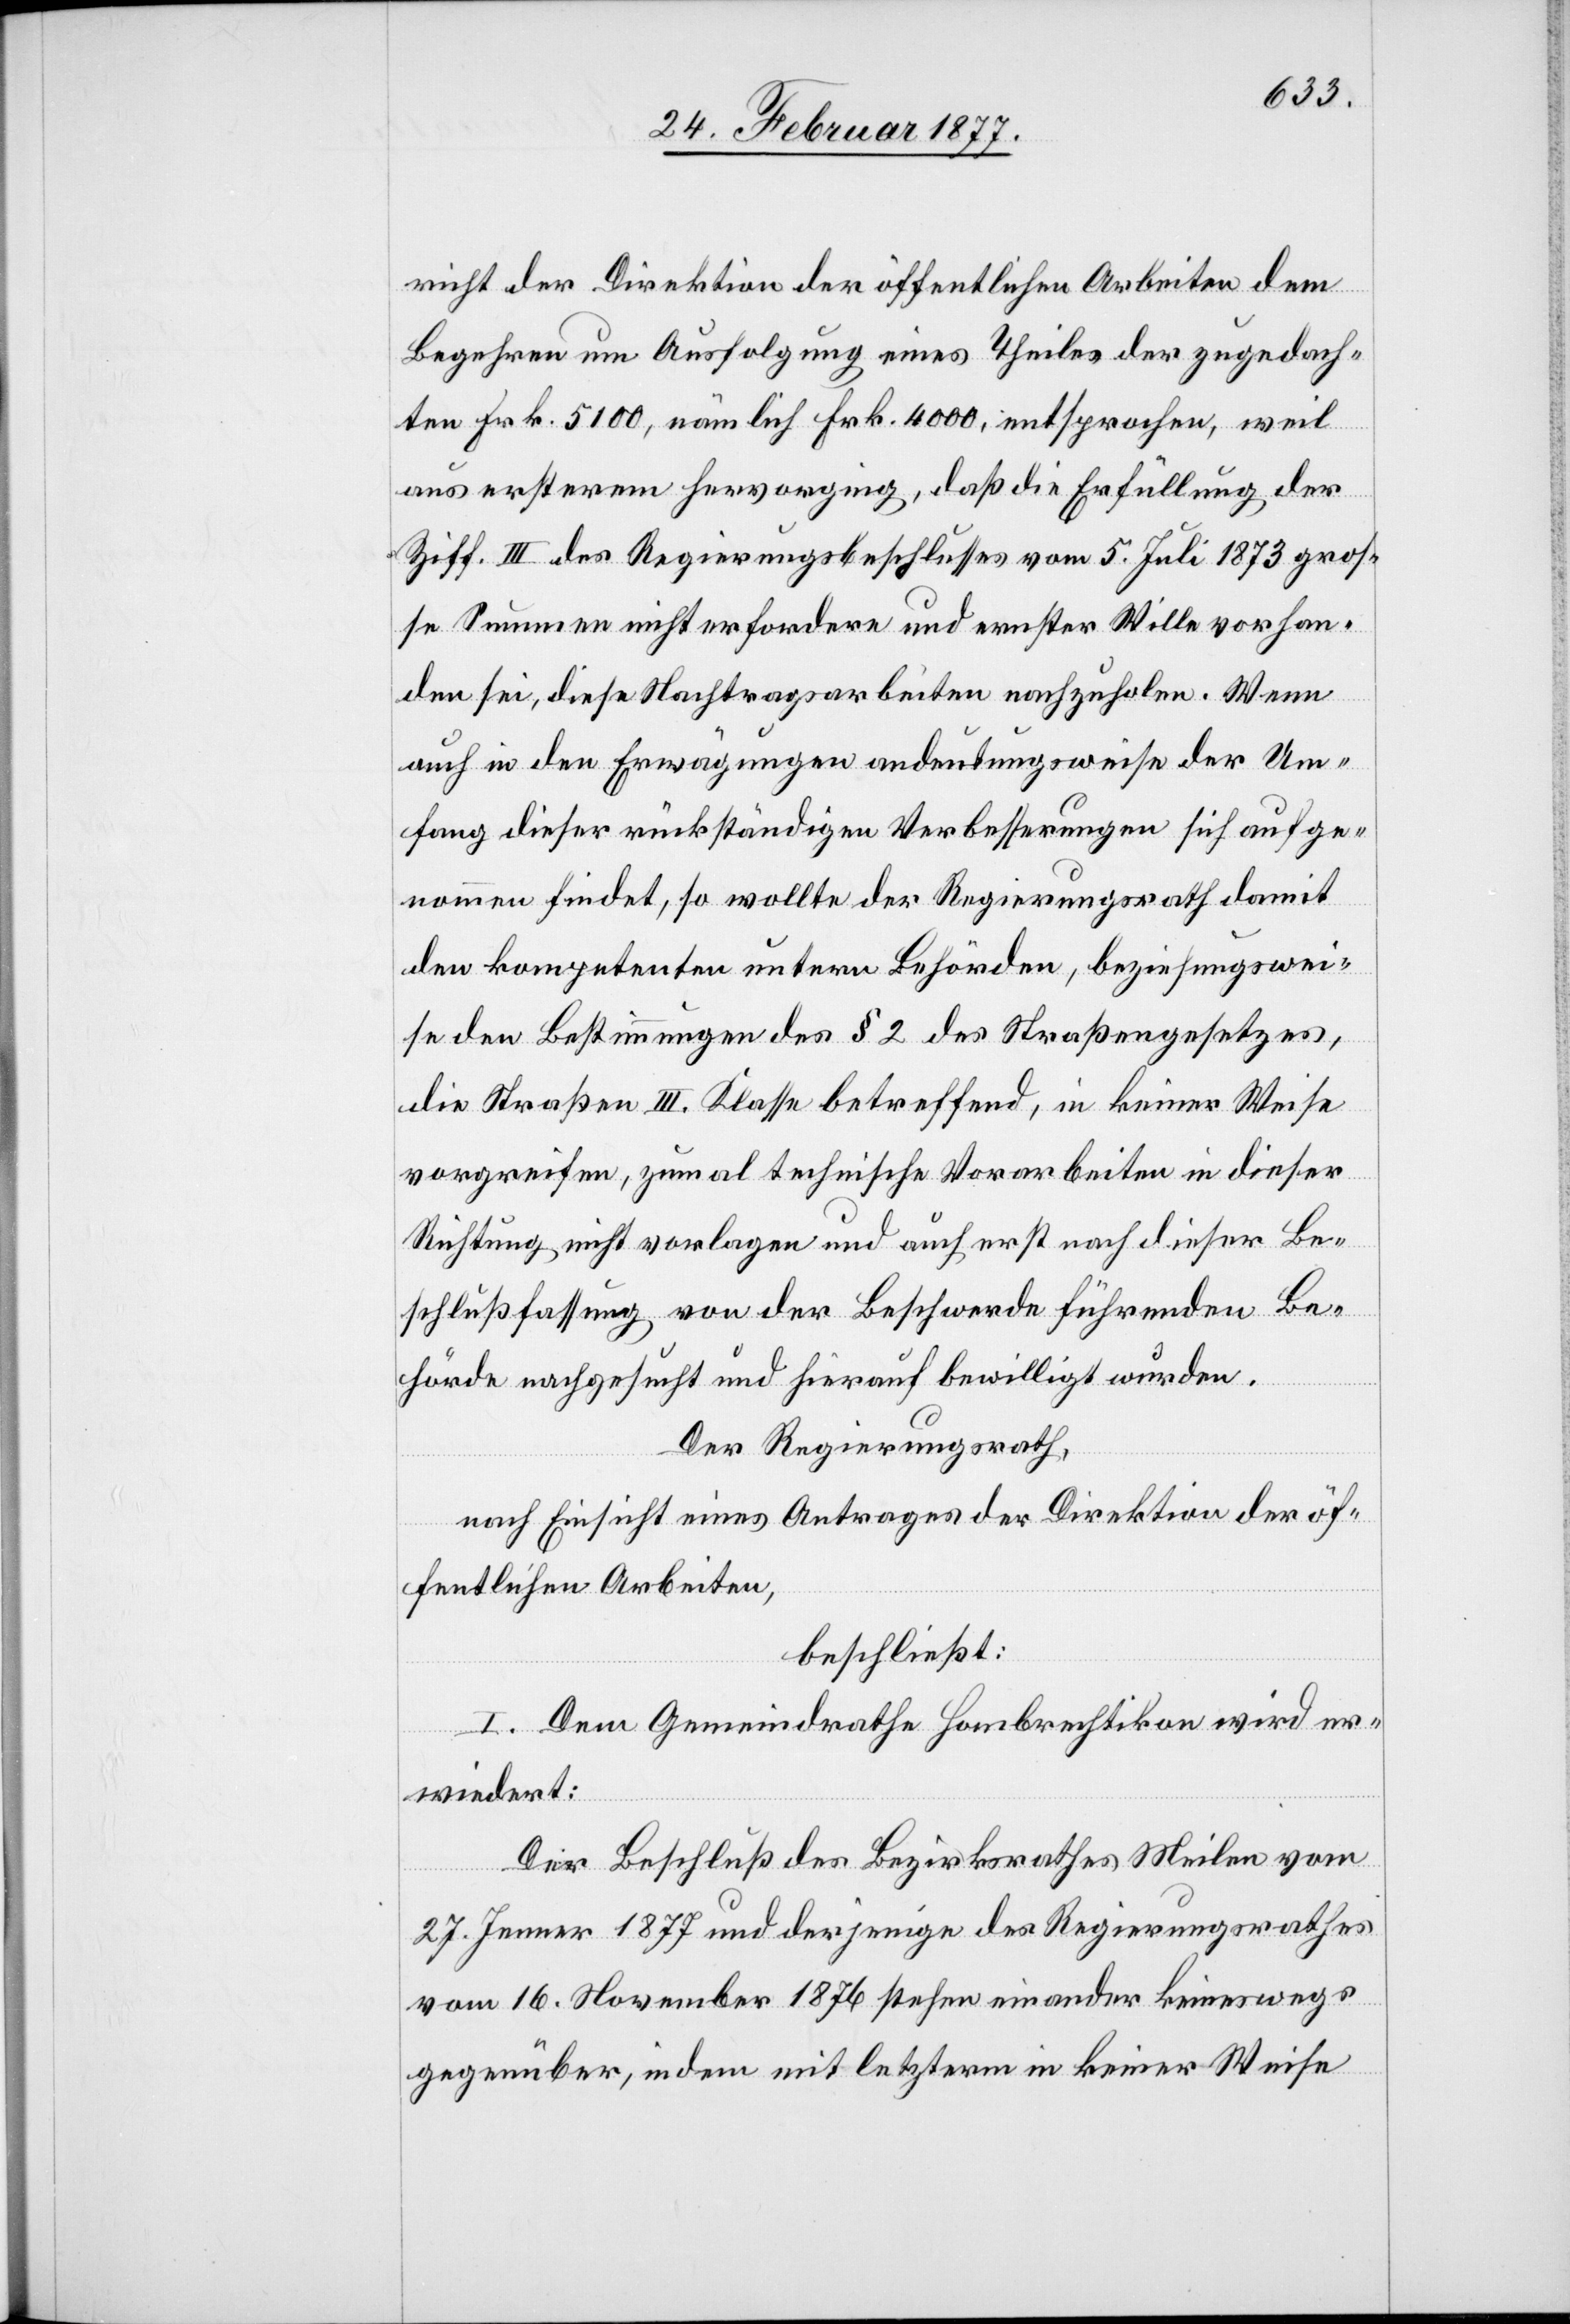
richt der Direktion der öffentlichen Arbeiten dem
Begehren um Ausfolgung eines Theiles der zugedach¬
ten Frk. 5100, nämlich Frk. 4000, entsprochen, weil
aus ersterem hervorging, daß die Erfüllung der
Ziff. III des Regierungsbeschlusses vom 5. Juli 1873 groß¬
e Summen nicht erfordern und ernster Wille vorhan¬
den diese Nachtragsarbeiten nachzuholen. Wenn
auch in den Erwägungen andeutungsweise der Um¬
fang dieser rückständigen Verbesserungen sich aufge¬
nommen findet, so wollte der Regierungsrath damit
den kompetenten untern Behörden, beziehungswei¬
se den Bestimmungen des § 2 des Straßengesetzes,
die Straße III. Klasse betreffend, in keiner Weise
vorgreifen, zumal technische Vorarbeiten in dieser
Richtung nicht vorlagen und auch erst nach dieser Be¬
schlußfassung von der Beschwerde führenden Be¬
hörde nachgesucht und hierauf bewilligt wurden.
Der Regierungsrath,
nach Einsicht eines Antrages der Direktion der öf¬
fentlichen Arbeiten,
beschließt:
I. Dem Gemeindrathe Hombrechtikon wird er¬
wiedert:
Der Beschluß des Bezirksrathes Meilen vom
27. Jenner 1877 und derjenige des Regierungsrathes
vom 16. November 1876 sehen einander keineswegs
gegenüber, indem mit letzterm in keiner Weise